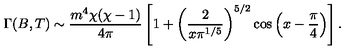
\Gamma ( B , T ) \sim \frac { m ^ { 4 } \chi ( \chi - 1 ) } { 4 \pi } \left[ 1 + \left( \frac { 2 } { x \pi ^ { 1 / 5 } } \right) ^ { 5 / 2 } \cos \left( x - \frac { \pi } { 4 } \right) \right] .